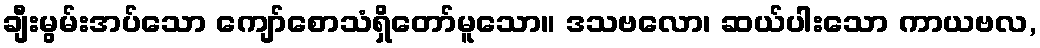
ချီးမွမ်းအပ်သော ကျော်စောသံရှိတော်မူသော။ ဒသဗလော၊ ဆယ်ပါးသော ကာယဗလ,